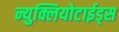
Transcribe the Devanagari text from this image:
न्युक्लियोटाईड्स